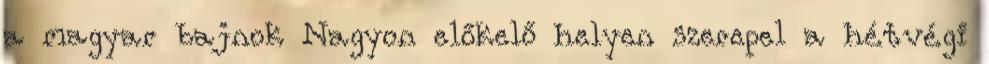
a magyar bajnok Nagyon előkelő helyen szerepel a hétvégi